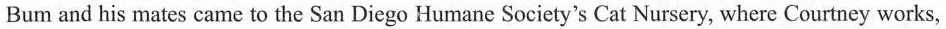
Bum and his mates came to the San Diego Humane Society's Cat Nursery, where Courtney works,